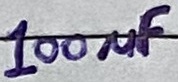
Text: 100µF